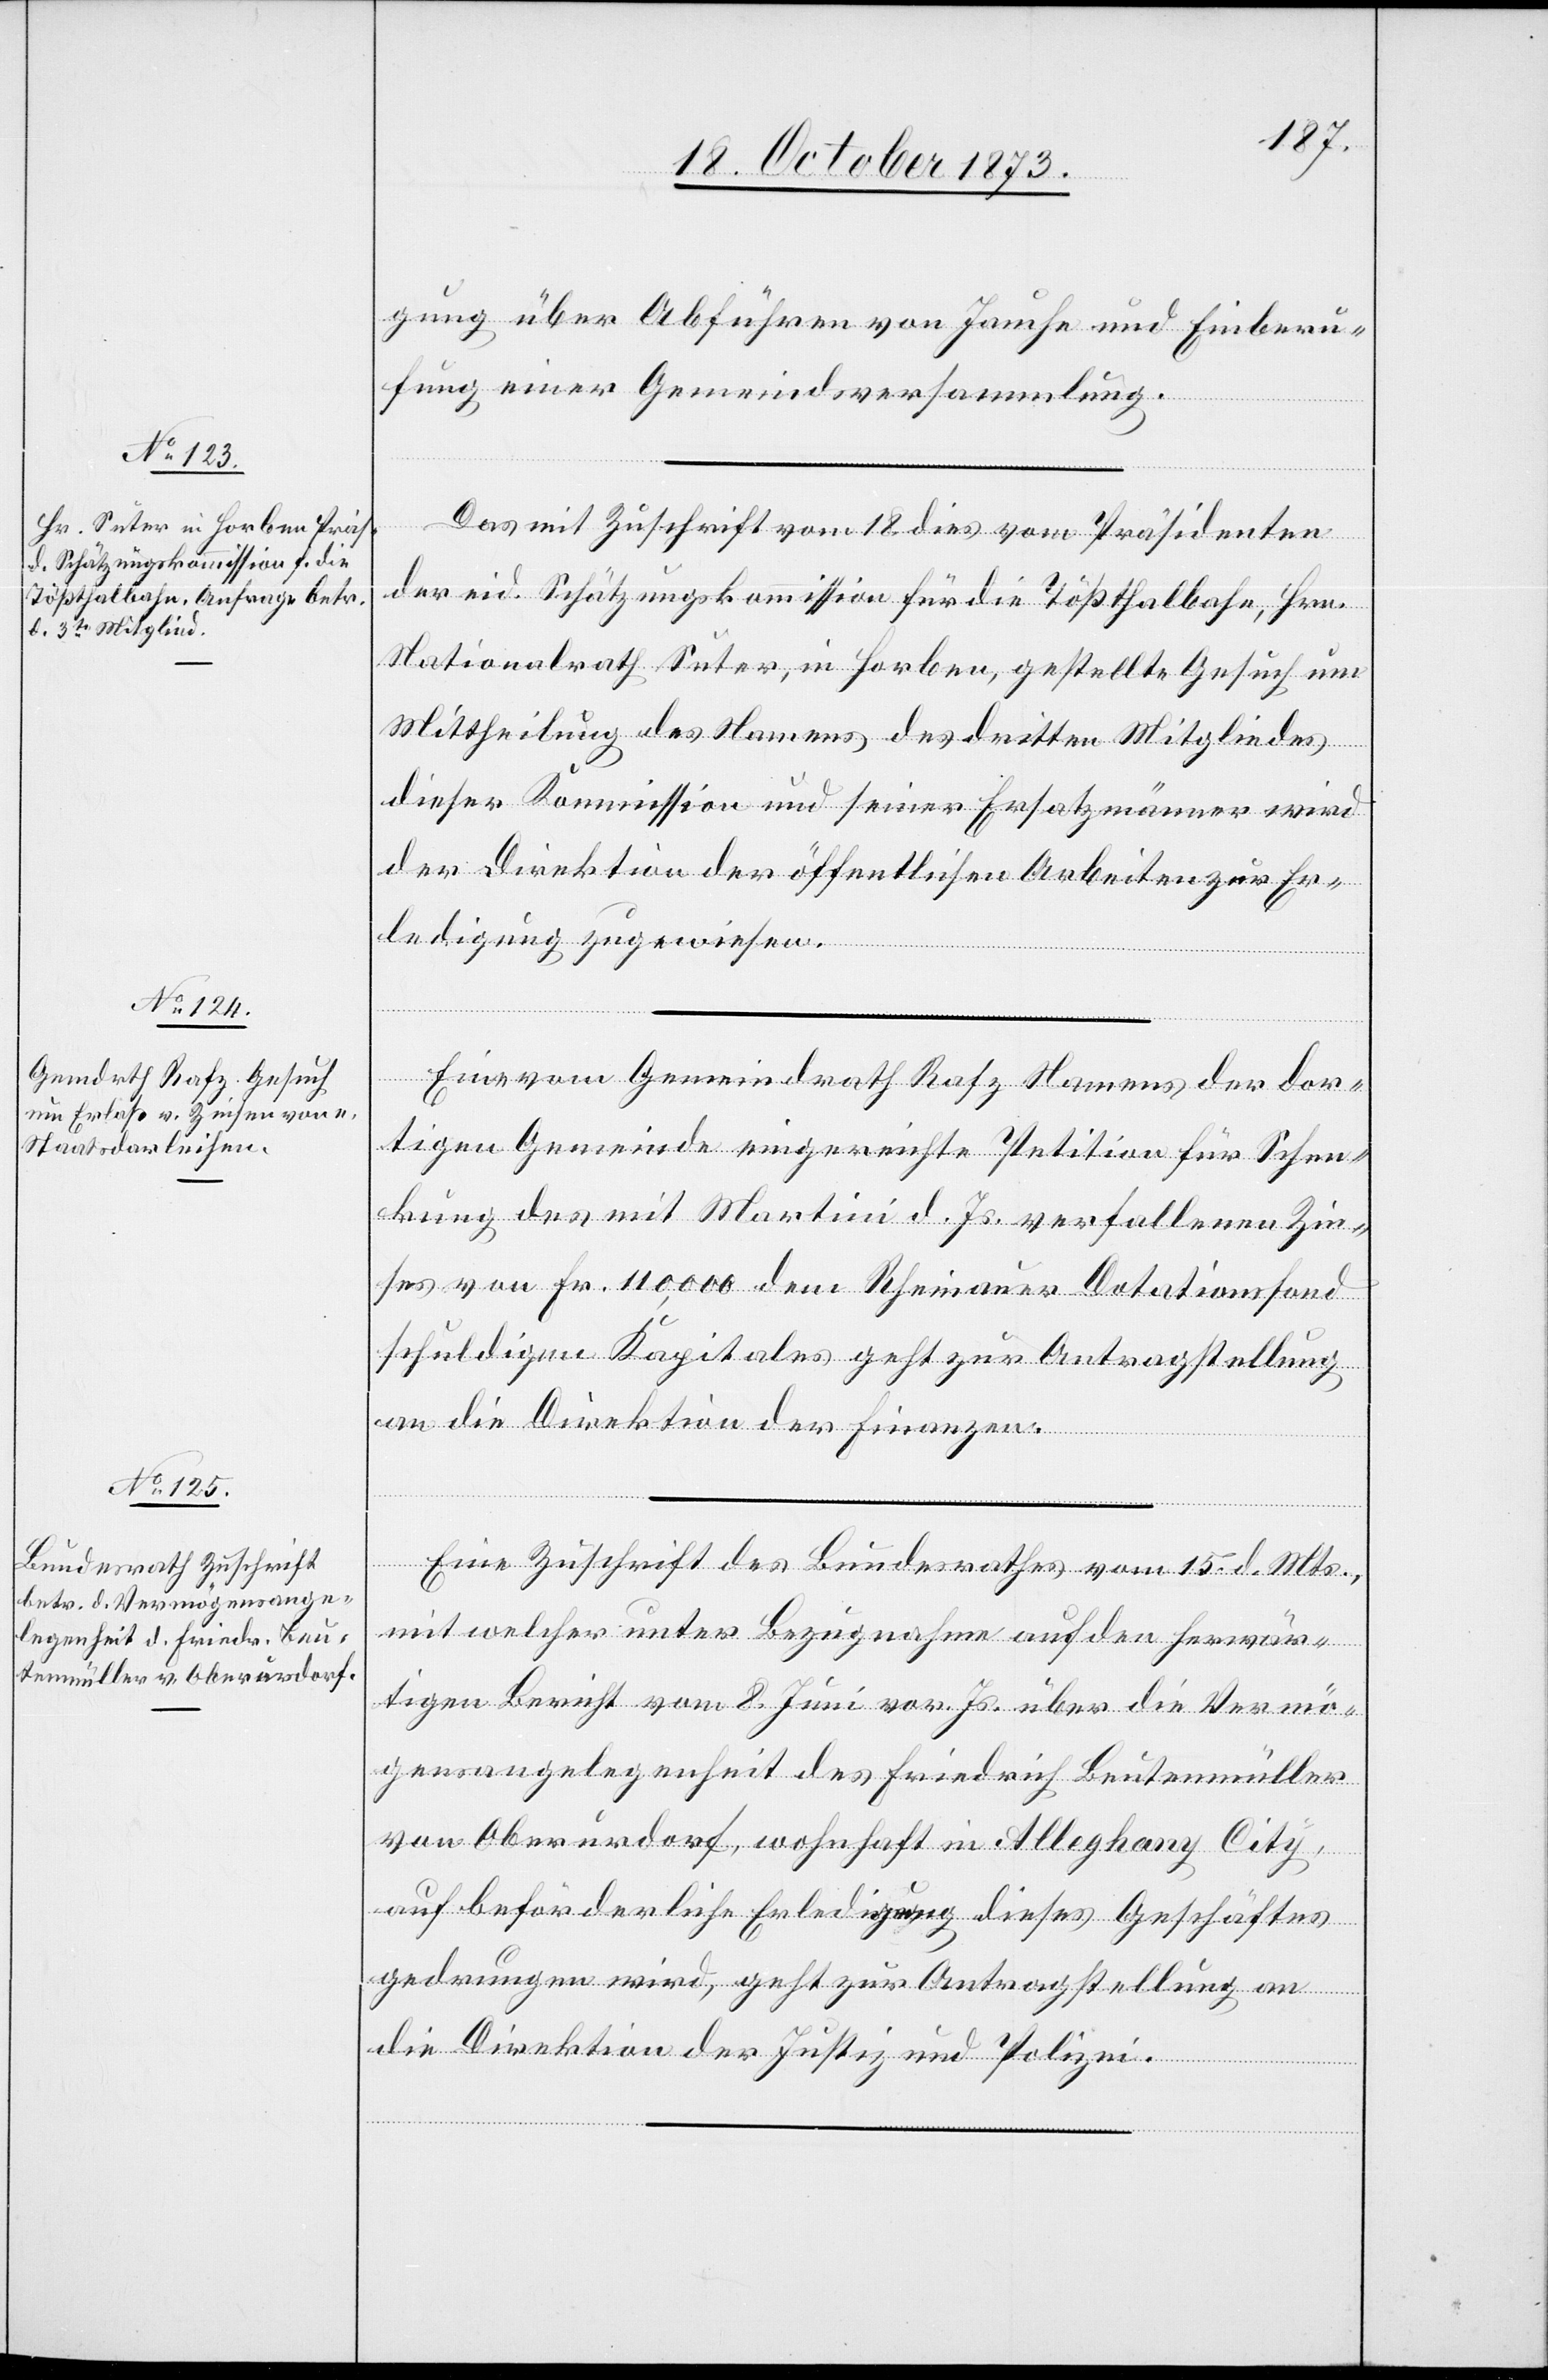
20. October 1873.]
gung über Abführen von Jauche und Einberu¬
fung einer Gemeindsversammlung.
Das mit Zuschrift vom 18. dies vom Präsidenten
der eid. Schätzungskommission für die Tößthalbahn, Hrn.
Nationalrath Suter, in Horben, gestellte Gesuch um
Mittheilung des Namens des dritten Mitgliedes
dieser Kommission und seiner Ersatzmänner wird
der Direktion der öffentlichen Arbeiten zur Er¬
ledigung zugewiesen.
Eine vom Gemeindrath Rafz Namens der dor¬
tigen Gemeinde eingereichte Petition für Schen¬
kung des mit Martini d. Js. verfallenen Zin¬
ses von Fr. 110,000 dem Rheinauer Dotationsfond
schuldigen Kapitales geht zur Antragstellung
an die Direktion der Finanzen.
Eine Zuschrift des Bundesrathes vom 15. d. Mts.,
mit welcher unter Bezugnahme auf den herwär¬
tigen Bericht vom 8. Juni vor. Js. über die Vermö¬
gensangelegenheit des Friedrich Beutenmüller
von Oberurdorf, wohnhaft in Alleghany City,
auf beförderliche Erledigung dieses Geschäftes
gedrungen wird, geht zur Antragstellung an
die Direktion der Justiz und Polizei.